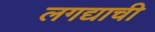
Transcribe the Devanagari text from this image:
लगद्याची